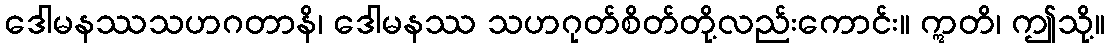
ဒေါမနဿသဟဂတာနိ၊ ဒေါမနဿ သဟဂုတ်စိတ်တို့လည်းကောင်း။ ဣတိ၊ ဤသို့။